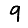
Digit: 9